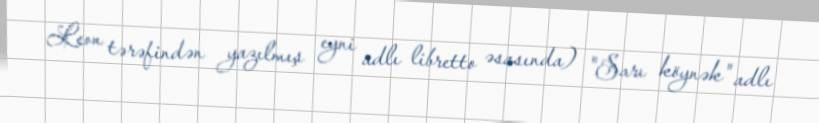
Leon tərəfindən yazılmış eyni adlı libretto əsasında) "Sarı köynək" adlı